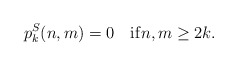
\begin{align*}p_k^S(n,m) = 0 \quad{\rm if}n,m\geq 2k.\end{align*}